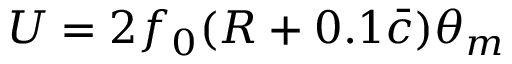
U = 2 f _ { 0 } ( R + 0 . 1 \bar { c } ) \theta _ { m }